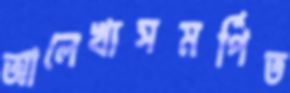
আলেখ্যসমর্পিত